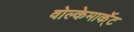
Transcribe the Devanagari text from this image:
वोल्केमार्के्ट